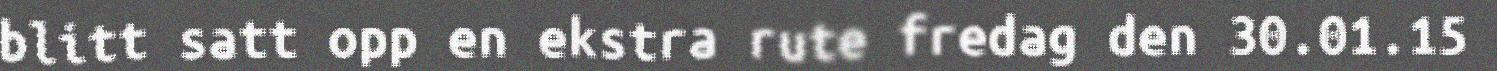
blitt satt opp en ekstra rute fredag den 30.01.15